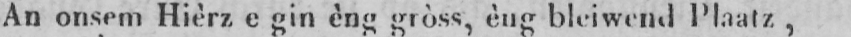
An onsem Hièrz e gin èng gròss, èng bleiwend Plaatz,